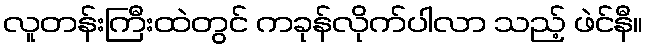
လူတန်းကြီးထဲတွင် ကခုန်လိုက်ပါလာ သည့် ဖဲင်နီ။